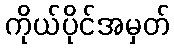
ကိုယ်ပိုင်အမှတ်